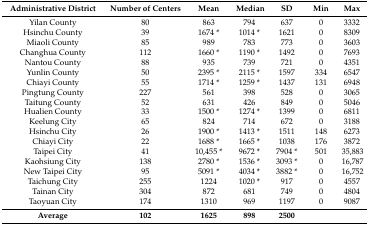
| Administrative District | Number of Centers | Mean | Median | SD | Min | Max |
 | --- | --- | --- | --- | --- | --- | --- |
 | Yilan County | 80 | 863 | 794 | 637 | 0 | 3332 |
 | Hsinchu County | 39 | 1674 * | 1014 * | 1621 | 0 | 8309 |
 | Miaoli County | 85 | 989 | 783 | 773 | 0 | 3603 |
 | Changhua County | 112 | 1660 * | 1190 * | 1492 | 0 | 7693 |
 | Nantou County | 88 | 935 | 739 | 721 | 0 | 4351 |
 | Yunlin County | 50 | 2395 * | 2115 * | 1597 | 334 | 6547 |
 | Chiayi County | 55 | 1714 * | 1259 * | 1437 | 131 | 6948 |
 | Pingtung County | 227 | 561 | 398 | 528 | 0 | 3065 |
 | Taitung County | 52 | 631 | 426 | 849 | 0 | 5046 |
 | Hualien County | 33 | 1500 * | 1274 * | 1399 | 0 | 6811 |
 | Keelung City | 65 | 824 | 714 | 672 | 0 | 3188 |
 | Hsinchu City | 26 | 1900 * | 1413 * | 1511 | 148 | 6273 |
 | Chiayi City | 22 | 1688 * | 1665 * | 1038 | 176 | 3872 |
 | Taipei City | 41 | 10,455 * | 9672 * | 7904 * | 501 | 35,883 |
 | Kaohsiung City | 138 | 2780 * | 1536 * | 3093 * | 0 | 16,787 |
 | New Taipei City | 95 | 5091 * | 4034 * | 3882 * | 0 | 16,752 |
 | Taichung City | 255 | 1224 | 1020 * | 917 | 0 | 4557 |
 | Tainan City | 304 | 872 | 681 | 749 | 0 | 4804 |
 | Taoyuan City | 174 | 1310 | 969 | 1197 | 0 | 9087 |
 | Average | 102 | 1625 | 898 | 2500 |  |  |